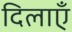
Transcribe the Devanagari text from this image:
दिलाएँ